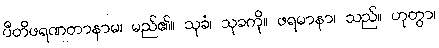
ပီတိဖရဏတာနာမ၊ မည်၏။ သုခံ၊ သုခကို။ ဖရမာနာ၊ သည်။ ဟုတွာ၊